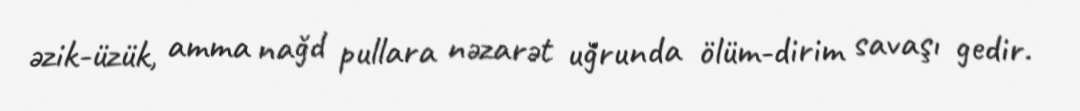
əzik-üzük, amma nağd pullara nəzarət uğrunda ölüm-dirim savaşı gedir.